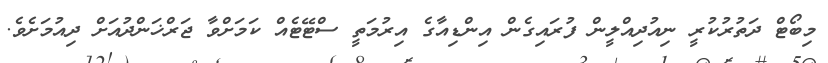
މިބޯޓް ދަތުރުކުރީ ނިއުދިއްލީން ފުރައިގެން އިންޑިއާގެ އިރުމަތީ ސްޓޭޓެއް ކަމަށްވާ ޖަރްޚަންދުއަށް ދިއުމަށެވެ.